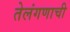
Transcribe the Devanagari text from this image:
तेलंगणाची